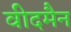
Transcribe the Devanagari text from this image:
वीदमैन